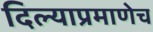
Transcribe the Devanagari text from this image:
दिल्याप्रमाणेच